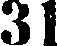
31